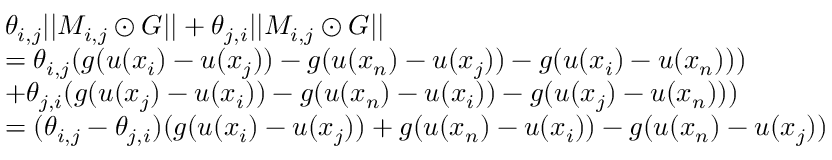
\begin{array} { r l } & { \theta _ { i , j } | | M _ { i , j } \odot G | | + \theta _ { j , i } | | M _ { i , j } \odot G | | } \\ & { = \theta _ { i , j } ( g ( u ( x _ { i } ) - u ( x _ { j } ) ) - g ( u ( x _ { n } ) - u ( x _ { j } ) ) - g ( u ( x _ { i } ) - u ( x _ { n } ) ) ) } \\ & { + \theta _ { j , i } ( g ( u ( x _ { j } ) - u ( x _ { i } ) ) - g ( u ( x _ { n } ) - u ( x _ { i } ) ) - g ( u ( x _ { j } ) - u ( x _ { n } ) ) ) } \\ & { = ( \theta _ { i , j } - \theta _ { j , i } ) ( g ( u ( x _ { i } ) - u ( x _ { j } ) ) + g ( u ( x _ { n } ) - u ( x _ { i } ) ) - g ( u ( x _ { n } ) - u ( x _ { j } ) ) } \end{array}